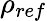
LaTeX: \rho_{ref}